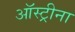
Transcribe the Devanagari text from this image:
ऑस्ट्रीना